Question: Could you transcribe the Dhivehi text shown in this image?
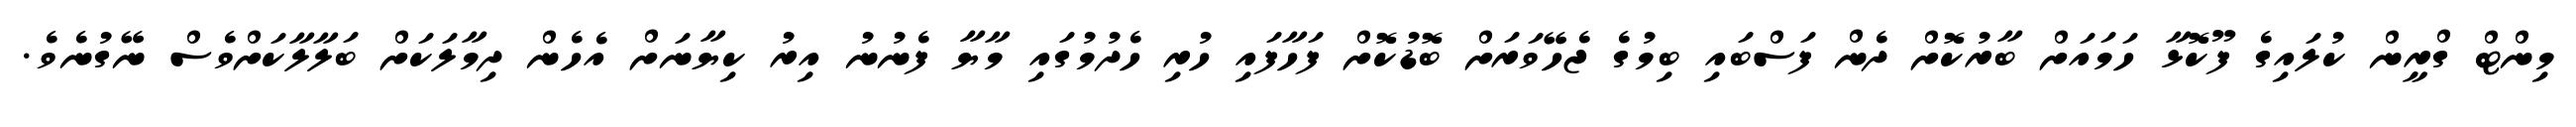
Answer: މިންޓް ގްރީން ކުލައިގެ ފޫކޮޅާ ހަމައަށް ބާރުކޮށް ދެން ފަސްބައި ބިމުގެ ޖެހޭވަރަށް ބޮޑުކޮށް ފަހާފައި ހުރި ހެދުމުގައި މާޔާ ފެނުނު އިރު ކިޔާނަށް އެހެން ދިމާލަކަށް ބަލާލާކަށްވެސް ނޭގުނެވެ.